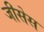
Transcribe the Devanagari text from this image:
जीसेस